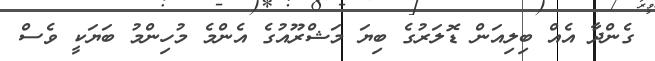
ގެންދާ އެއް ބިލިއަން ޑޮލަރުގެ ބިޔަ މަޝްރޫއުގެ އެންމެ މުހިންމު ބަޔަކީ ވެސް